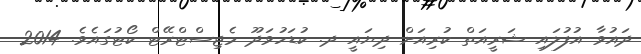
ދައުވާ އުފުލައި ޝަރީއަތް ކުރިއަށް ދިޔައީ ދ. ކުޑަހުވަދޫ މެޖިސްޓްރޭޓް ކޯޓުގައެވެ. 2014